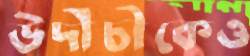
উদীচীকেও